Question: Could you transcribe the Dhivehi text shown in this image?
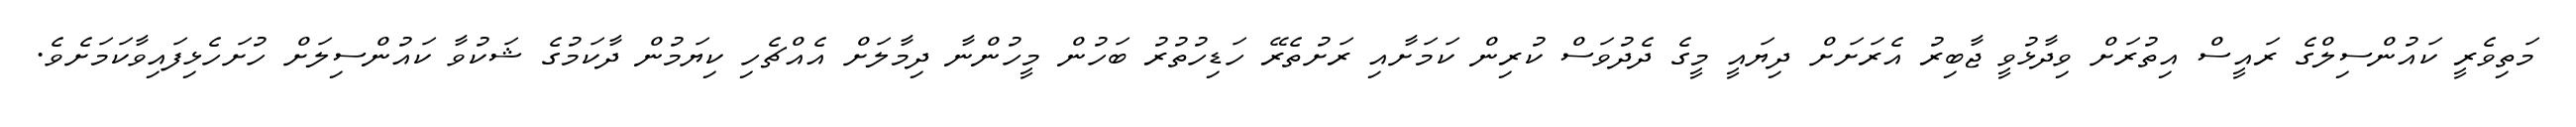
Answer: މަތިވެރީ ކައުންސިލްގެ ރައީސް އިތުރަށް ވިދާޅުވީ ޖާބިރު އެރަށަށް ދިޔައީ މީގެ ދެދުވަސް ކުރިން ކަމަށާއި ރަށުތެރޭ ހަޑިހުތުރު ބަހުން މީހުންނާ ދިމާލަށް އެއްޗެހި ކިޔަމުން ދާކަމުގެ ޝަކުވާ ކައުންސިލަށް ހުށަހެޅިފައިވާކަމަށެވެ.